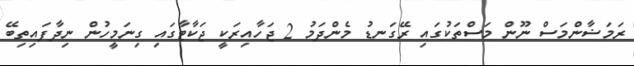
ރަމަޟާންމަސް ނޫން މަސްތަކުގައި ރޭގަނޑު މެންދަމު 2 ޖަހާއިރަކީ ޖަކާޓާގައި ގިނަމީހުން ނިދާފައިތިބޭ